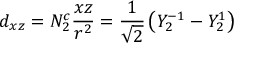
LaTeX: d _ { x z } = N _ { 2 } ^ { c } { \frac { x z } { r ^ { 2 } } } = { \frac { 1 } { \sqrt { 2 } } } \left( Y _ { 2 } ^ { - 1 } - Y _ { 2 } ^ { 1 } \right)